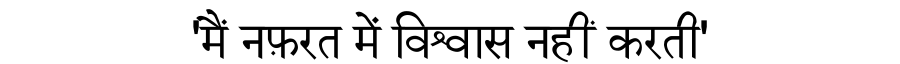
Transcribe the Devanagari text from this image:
'मैं नफ़रत में विश्वास नहीं करती'